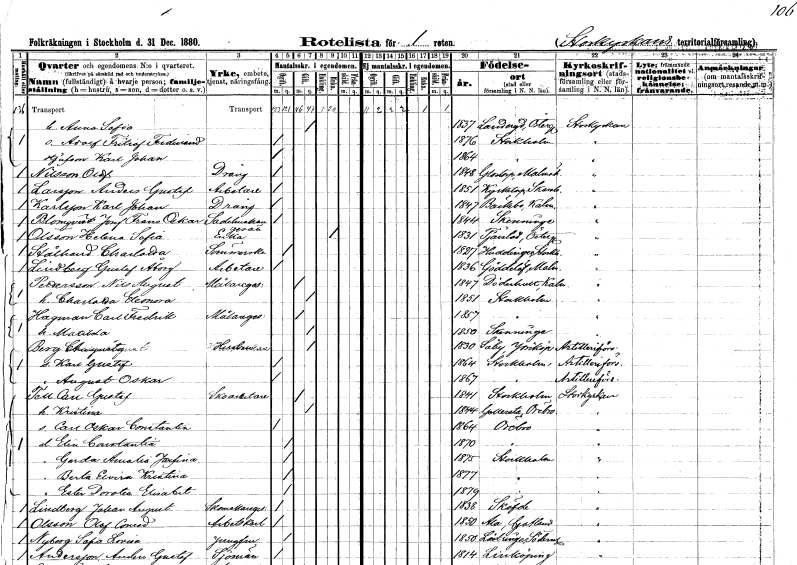
gt_parse: households: individuals: FN: Anna Sofia
KON: K
CIV: G
FODAR: 1837
FODFORS: Landeryd Östergötlands län
FN: Adolf Fritiof Ferdinand
KON: M
CIV: O
FODAR: 1876
FODFORS: Stockholm
FN: Karl Johan
KON: M
CIV: O
FODAR: 1864
FODFORS: Stockholm
FN: Olof
EN: Nilsson
YRKE: Dräng
KON: M
CIV: O
FODAR: 1848
FODFORS: Glostorp Malmöhus län
FN: Anders Gustaf
EN: Larsson
YRKE: Arbetare
KON: M
CIV: O
FODAR: 1851
FODFORS: Kyrketorp Skaraborgs län
FN: Karl Johan
EN: Karlsson
YRKE: Dräng
KON: M
CIV: O
FODAR: 1847
FODFORS: Bäckebo Kalmar län
FN: Josef Frans Oskar
EN: Blomqvist
YRKE: Sadelmakaregesäll
KON: M
CIV: O
FODAR: 1844
FODFORS: Skänninge Östergötlands län
FN: Helena Sofia
EN: Olsson
YRKE: Änka
KON: K
CIV: E
FODAR: 1831
FODFORS: Tjärstad Östergötlands län
FN: Charlotta
EN: Stålhand
YRKE: Sömmerska
KON: K
CIV: O
FODAR: 1827
FODFORS: Huddinge Stockholms län
FN: Gustaf
EN: Lindberg Åborg
YRKE: Arbetare
KON: M
CIV: O
FODAR: 1836
FODFORS: Gödelöv Malmöhus län
FN: Nils August
EN: Pettersson
YRKE: Målaregesäll
KON: M
CIV: G
FODAR: 1847
FODFORS: Döderhult Kalmar län
FN: Charlotta Eleonora
KON: K
CIV: G
FODAR: 1851
FODFORS: Stockholm
FN: Carl Fredrik
EN: Hagman
YRKE: Målaregesäll
KON: M
CIV: G
FODAR: 1857
FODFORS: Stockholm
FN: Matilda
KON: K
CIV: G
FODAR: 1850
FODFORS: Skänninge Östergötlands län
FN: Chaqusty
EN: Borg
YRKE: Hustru
KON: K
CIV: G
FODAR: 1830
FODFORS: Säby Jönköpings län
FN: Karl Gustaf
KON: M
CIV: O
FODAR: 1864
FODFORS: Stockholm
FN: August Oskar
KON: M
CIV: O
FODAR: 1867
FODFORS: Stockholm
FN: Carl Gustaf
EN: Tell
YRKE: Skoarbetare
KON: M
CIV: G
FODAR: 1841
FODFORS: Stockholm
FN: Kristina
KON: K
CIV: G
FODAR: 1844
FODFORS: Gällersta Örebro län
FN: Carl Oskar Constantin
KON: M
CIV: O
FODAR: 1864
FODFORS: Örebro Örebro län
FN: Elin Constantia
KON: K
CIV: O
FODAR: 1870
FODFORS: Örebro Örebro län
FN: Gerda Amalia Josefina
KON: K
CIV: O
FODAR: 1875
FODFORS: Stockholm
FN: Berta Elvira Kristina
KON: K
CIV: O
FODAR: 1877
FODFORS: Stockholm
FN: Ester Dorotea Elisabet
KON: K
CIV: O
FODAR: 1879
FODFORS: Stockholm
FN: Johan August
EN: Lindberg
YRKE: Skomakaregesäll
KON: M
CIV: O
FODAR: 1838
FODFORS: Skövde Skaraborgs län